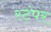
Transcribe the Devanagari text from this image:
स्टंपर